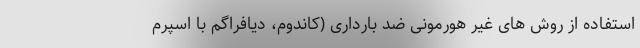
استفاده از روش های غیر هورمونی ضد بارداری (کاندوم، دیافراگم با اسپرم